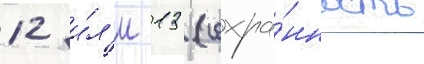
12 и́л'и 13 (сохра́нность